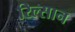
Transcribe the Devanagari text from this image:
रिल्सान